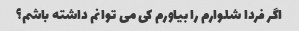
اگر فردا شلوارم را بیاورم کی می توانم داشته باشم؟